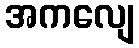
အကလျေ